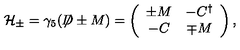
{ \cal H } _ { \pm } = \gamma _ { 5 } ( \not \! \! D \pm M ) = \left( \begin{array} { c c } { \pm M } & { - C ^ { \dagger } } \\ { - C } & { \mp M } \\ \end{array} \right) ,